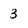
Character: 3